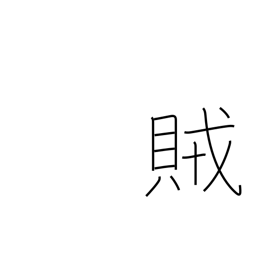
Meaning: rebel